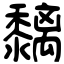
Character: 黐